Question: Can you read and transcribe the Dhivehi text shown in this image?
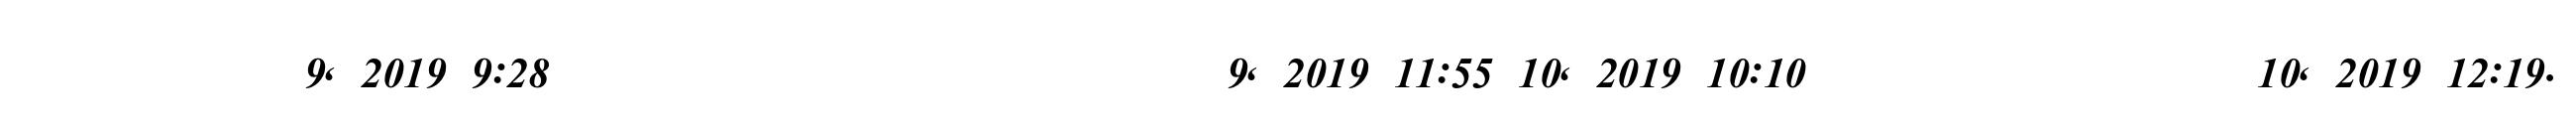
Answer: ???? ?? ??? ?? 9, 2019 9:28 ??? ????????? ??? ??? ??? ????????? 9, 2019 11:55 10, 2019 10:10 ????????? ??? ????????? 10, 2019 12:19.